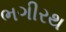
ભગીરથ